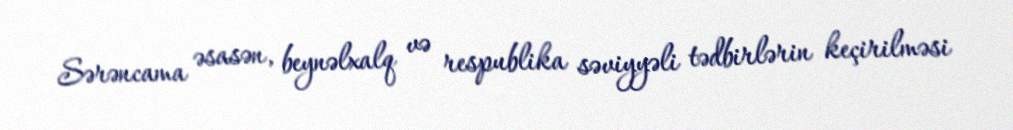
Sərəncama əsasən, beynəlxalq və respublika səviyyəli tədbirlərin keçirilməsi